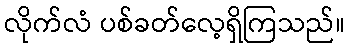
လိုက်လံ ပစ်ခတ်လေ့ရှိကြသည်။